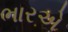
ભારએ